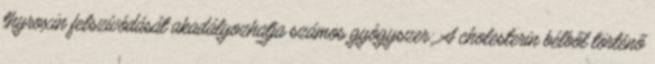
thyroxin felszívódását akadályozhatja számos gyógyszer: A cholesterin bélből történő